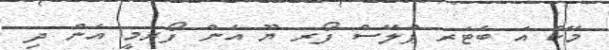
މޭކް އަ ބެޓަރ ޕްލޭސް ފޯރ ޔޫ އެން ފޯރމީ އެން ދި